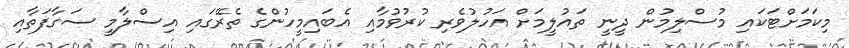
މިކަމަށްޓަކައި މުސްލިމުން ދީނީ ތައުލީމަށް އަހުލުވެރި ކުރުވުމާއި އެބައިމީހުންގެ ތެރޭގައި އިސްލާމީ ސަގާފަތާއި